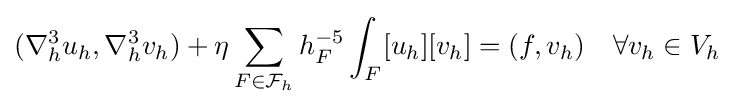
(\nabla _{h}^{3}u_{h},\nabla _{h}^{3}v_{h})+\eta \sum _{F\in {\mathcal {F}}_{h}}h_{F}^{-5}\int _{F}[u_{h}][v_{h}]=(f,v_{h})\quad \forall v_{h}\in V_{h}